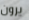
يرون